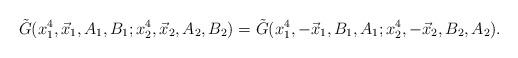
LaTeX: \begin{align*}\tilde{G}(x_1^4,\vec{x}_1, A_1, B_1; x_2^4,\vec{x}_2, A_2, B_2) =\tilde{G}(x_1^4,-\vec{x}_1, B_1, A_1; x_2^4,-\vec{x}_2, B_2, A_2).\end{align*}